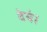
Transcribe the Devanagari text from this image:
देयं।